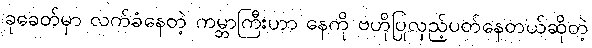
ခုခေတ်မှာ လက်ခံနေတဲ့ ကမ္ဘာကြီးဟာ နေကို ဗဟိုပြုလှည့်ပတ်နေတယ်ဆိုတဲ့